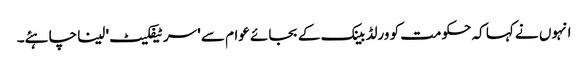
انہوں نے کہا کہ حکومت کو ورلڈ بینک کے بجائے عوام سے 'سرٹیفکیٹ' لینا چاہئے۔